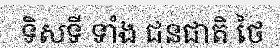
ទិសទី ទាំង ជនជាតិ ថៃ